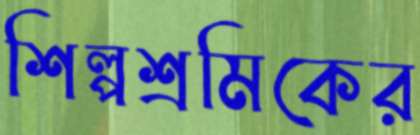
শিল্পশ্রমিকের